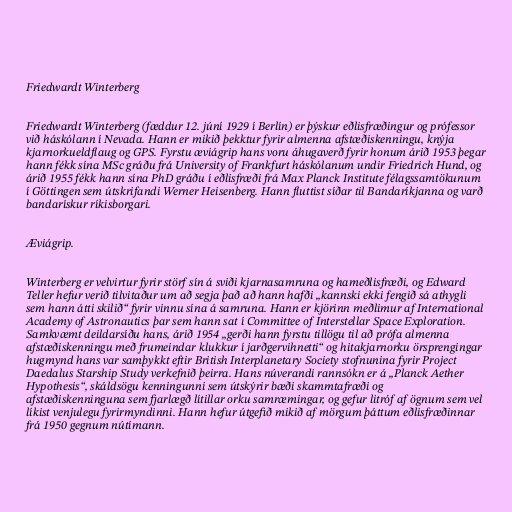
Friedwardt Winterberg

Friedwardt Winterberg (fæddur 12. júní 1929 í Berlín) er þýskur eðlisfræðingur og prófessor
við háskólann í Nevada. Hann er mikið þekktur fyrir almenna afstæðiskenningu, knýja
kjarnorkueldflaug og GPS. Fyrstu æviágrip hans voru áhugaverð fyrir honum árið 1953 þegar
hann fékk sína MSc gráðu frá University of Frankfurt háskólanum undir Friedrich Hund, og
árið 1955 fékk hann sína PhD gráðu í eðlisfræði frá Max Planck Institute félagssamtökunum
í Göttingen sem útskrifandi Werner Heisenberg. Hann fluttist síðar til Bandaríkjanna og varð
bandarískur ríkisborgari.

Æviágrip.

Winterberg er velvirtur fyrir störf sín á sviði kjarnasamruna og hameðlisfræði, og Edward
Teller hefur verið tilvitaður um að segja það að hann hafði „kannski ekki fengið sá athygli
sem hann átti skilið“ fyrir vinnu sína á samruna. Hann er kjörinn meðlimur af International
Academy of Astronautics þar sem hann sat í Committee of Interstellar Space Exploration.
Samkvæmt deildarsíðu hans, árið 1954 „gerði hann fyrstu tillögu til að prófa almenna
afstæðiskenningu með frumeindar klukkur í jarðgervihnetti“ og hitakjarnorku örsprengingar
hugmynd hans var samþykkt eftir British Interplanetary Society stofnunina fyrir Project
Daedalus Starship Study verkefnið þeirra. Hans núverandi rannsókn er á „Planck Aether
Hypothesis“, skáldsögu kenningunni sem útskýrir bæði skammtafræði og
afstæðiskenninguna sem fjarlægð lítillar orku samræmingar, og gefur litróf af ögnum sem vel
líkist venjulegu fyrirmyndinni. Hann hefur útgefið mikið af mörgum þáttum eðlisfræðinnar
frá 1950 gegnum nútímann.